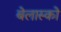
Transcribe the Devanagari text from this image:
बेलास्को